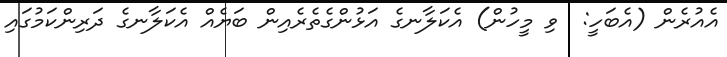
އެއުރެން (އެބަހީ:  ވި މީހުން) އެކަލާނގެ އަޅުންގެތެރެއިން ބަޔެއް އެކަލާނގެ ދަރިންކަމުގައި